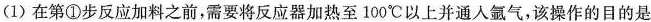
(1)在第①步反应加料之前，需要将反应器加热至100^{\circ}C以上并通人氩气，该操作的目的是